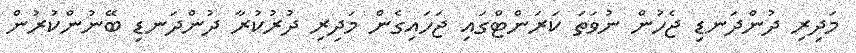
މަދިރި ދުންދަނޑި ޖެހުން ނުވަތަ ކަރަންޓްގައި ޖަހައިގެން މަދިރި ދުރުކުރާ ދުންދަނޑި ބޭނުންކުރުން